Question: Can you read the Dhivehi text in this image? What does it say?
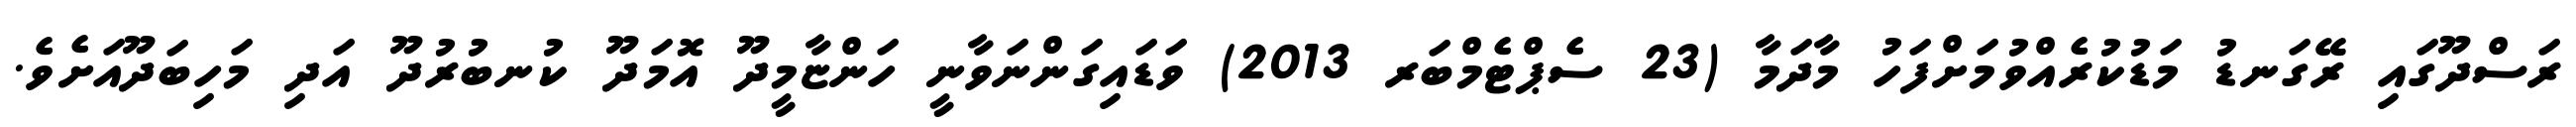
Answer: ރަސްދޫގައި ރޭގަނޑު މަޑުކުރެއްވުމަށްފަހު މާދަމާ (23 ސެޕްޓެމްބަރ 2013) ވަޑައިގަންނަވާނީ ހަންޏާމީދޫ އޮމަދޫ ކުނބުރުދޫ އަދި މަހިބަދޫއަށެވެ.